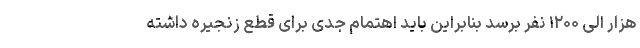
هزار الی ۱۲۰۰ نفر برسد بنابراین باید اهتمام جدی برای قطع زنجیره داشته